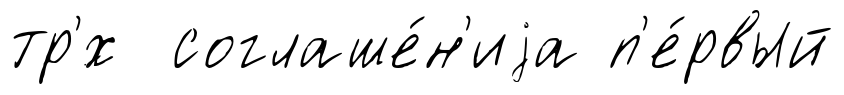
тр'́х соглаше́н'иjа п'е́рвый